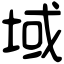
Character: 域